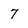
Character: 7